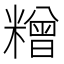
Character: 𰫓